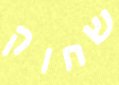
שחוק